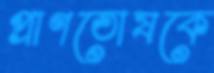
প্রাণতোষকে